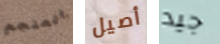
المنجم أصيل جيد